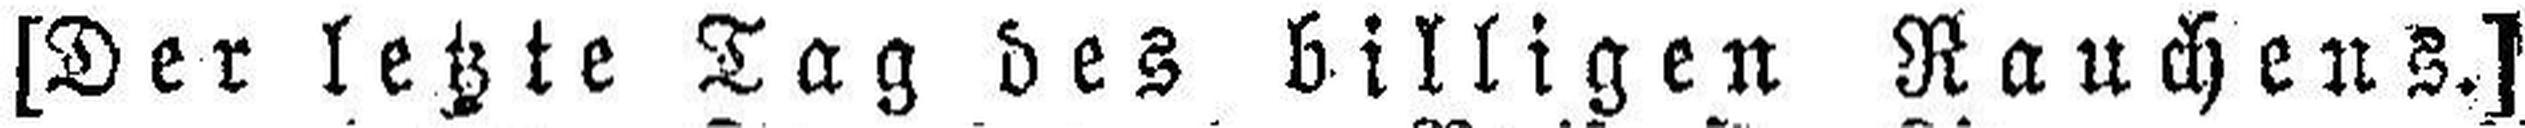
[Der letzte Tag des billigen Rauchens.]